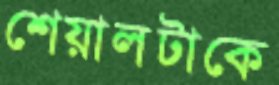
শেয়ালটাকে